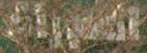
المرنة